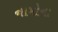
નામોના